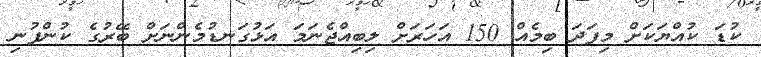
ކުޑަ ކުއްޔަކަށް މިފަދަ ބިމެއް 150 އަހަރަށް ލިބިއްޖެނަމަ އަޅުގަނޑުމެންނަށް ބޭރުގެ ކުންފުނި